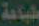
طباعة